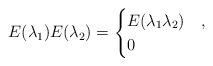
LaTeX: \begin{align*}E(\lambda_1)E(\lambda_2) =\begin{cases}E(\lambda_1\lambda_2) & ,\\0 & \end{cases}\end{align*}